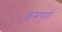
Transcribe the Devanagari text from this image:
क्रमपूर्वा